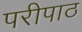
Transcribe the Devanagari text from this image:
परीपाठ